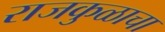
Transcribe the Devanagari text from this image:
राजकुळाचा